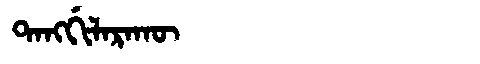
Manchu: ᡨᠠᠩᡤᡳᠯᠠᡵᠠᡴᡡ
Romanization: TANGGILARAKŪ